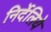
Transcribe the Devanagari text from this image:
निर्देलिये